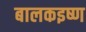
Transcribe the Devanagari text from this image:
बालकइष्ण